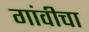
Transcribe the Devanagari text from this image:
गांवीचा